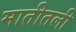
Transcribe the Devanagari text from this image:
मातीतली